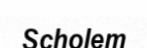
Scholem